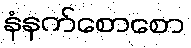
နံနက်စောစော